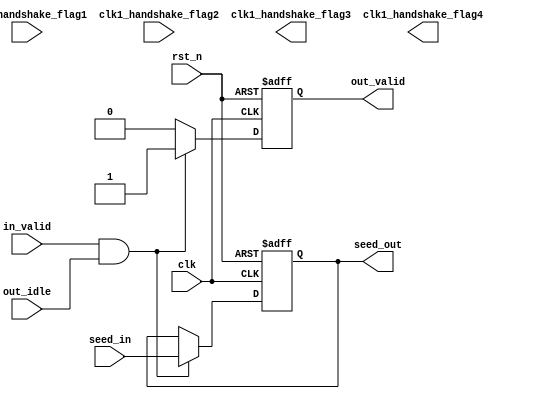
module CLK_1_MODULE (
    clk,
    rst_n,
    in_valid,
    seed_in,
    out_idle,
    out_valid,
    seed_out,

    clk1_handshake_flag1,
    clk1_handshake_flag2,
    clk1_handshake_flag3,
    clk1_handshake_flag4
);

input clk;
input rst_n;
input in_valid;
input [31:0] seed_in;
input out_idle;
output reg out_valid;
output reg [31:0] seed_out;

// You can change the input / output of the custom flag ports
input clk1_handshake_flag1 ;
input clk1_handshake_flag2 ;
output clk1_handshake_flag3 ;
output clk1_handshake_flag4 ;

reg [31:0] seed_reg ;

// always @ (posedge clk or negedge rst_n) begin 
	// if (!rst_n) seed_reg <= 0 ;
	// else begin 
		// if (in_valid) seed_reg <= seed_in ;
		// else seed_reg <= seed_reg ;
	// end
// end 

always @ (posedge clk or negedge rst_n) begin 
	if (!rst_n) begin 
		seed_out <= 0 ;
		out_valid <= 0 ;
	end
	else begin 
		if (in_valid && out_idle) begin 
			seed_out <= seed_in ;
			out_valid <= 1 ;
		end
		else begin 
			seed_out  <= seed_out ;
			out_valid <= 0 ;
		end
	end
end

endmodule

module CLK_2_MODULE (
    clk,
    rst_n,
    in_valid,
    fifo_full,
    seed,
    out_valid,
    rand_num,
    busy,

    handshake_clk2_flag1,
    handshake_clk2_flag2,
    handshake_clk2_flag3,
    handshake_clk2_flag4,

    clk2_fifo_flag1,
    clk2_fifo_flag2,
    clk2_fifo_flag3,
    clk2_fifo_flag4
);

input clk;
input rst_n;
input in_valid;
input fifo_full;
input [31:0] seed;
output out_valid;
output [31:0] rand_num;
output busy;

// You can change the input / output of the custom flag ports
input handshake_clk2_flag1;
input handshake_clk2_flag2;
output handshake_clk2_flag3;
output handshake_clk2_flag4;

input clk2_fifo_flag1;
input clk2_fifo_flag2;
input clk2_fifo_flag3;
input clk2_fifo_flag4;

reg  [31:0] mid_result ;
wire [31:0] mid_result1, mid_result2 ;

reg flag ;

assign busy = (flag && ~fifo_full) ? 1 : 0 ;
assign mid_result1 = mid_result  ^ (mid_result << 13) ; 
assign mid_result2 = mid_result1 ^ (mid_result1 >> 17) ;
assign rand_num    = mid_result2 ^ (mid_result2 << 5) ;
assign out_valid = (flag && ~fifo_full) ? 1 : 0 ;

always @ (posedge clk or negedge rst_n) begin 
	if (!rst_n) flag <= 0 ;
	else begin 
		if (in_valid) flag <= in_valid ;
		else if (clk2_fifo_flag1) flag <= 0 ;
		else flag <= flag ;
	end
end

always @ (posedge clk or negedge rst_n) begin 
	if (!rst_n) begin 
		mid_result <= 0 ;
	end
	else begin
		if (flag == 0) begin 
			if (in_valid) mid_result <= seed ;
			else mid_result <= 0 ;
		end
		else begin 
			if (~fifo_full) mid_result <= rand_num ;
			else mid_result <= mid_result ;
		end
	end
end

endmodule

module CLK_3_MODULE (
    clk,
    rst_n,
    fifo_empty,
    fifo_rdata,
    fifo_rinc,
    out_valid,
    rand_num,

    fifo_clk3_flag1,
    fifo_clk3_flag2,
    fifo_clk3_flag3,
    fifo_clk3_flag4
);

input clk;
input rst_n;
input fifo_empty;
input [31:0] fifo_rdata;
output fifo_rinc;
output reg out_valid;
output reg [31:0] rand_num;

// You can change the input / output of the custom flag ports
input fifo_clk3_flag1;
input fifo_clk3_flag2;
input fifo_clk3_flag3;
input fifo_clk3_flag4;

reg [8:0] clk3_counter ;

assign fifo_rinc = (fifo_empty) ? 0 : 1 ;

always @ (posedge clk or negedge rst_n) begin 
	if (!rst_n) clk3_counter <= 0 ;
	else begin 
		if (fifo_clk3_flag2 && clk3_counter < 256) clk3_counter <= clk3_counter + 1 ;
		else clk3_counter <= 0 ;
	end
end

always @ (posedge clk or negedge rst_n) begin 
	if (!rst_n) out_valid <= 0 ;
	else begin 
		if (fifo_clk3_flag2 && clk3_counter < 256) out_valid <= 1 ;
		else out_valid <= 0 ;
	end
end

always @ (posedge clk or negedge rst_n) begin 
	if (!rst_n) rand_num <= 0 ;
	else begin 
		if (fifo_clk3_flag2 && clk3_counter < 256) rand_num <= fifo_rdata ;
		else rand_num <= 0 ;
	end
end

endmodule